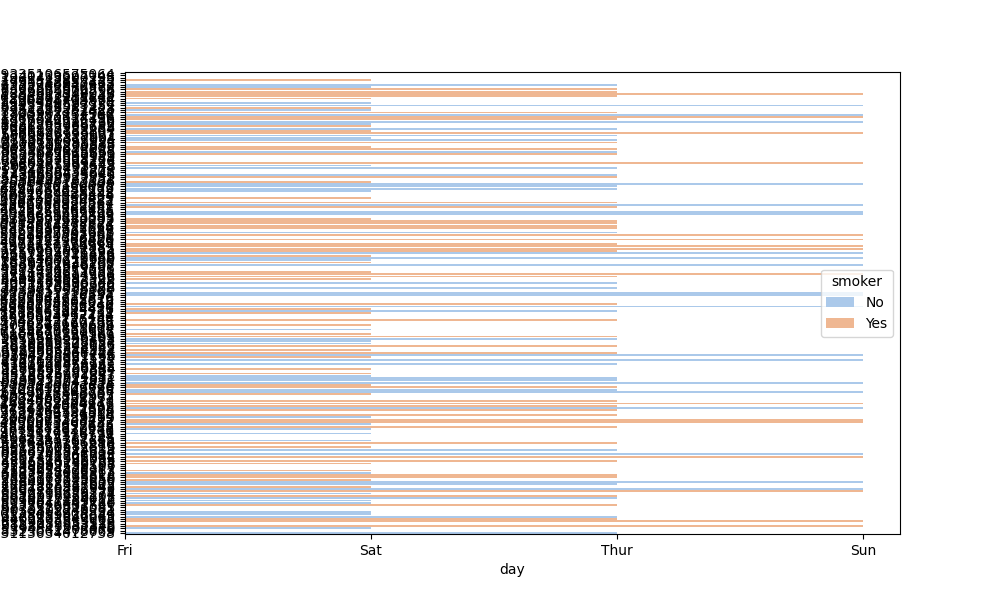
python, seaborn, barplot, hue='smoker', palette='pastel', ci=95, orient='h'